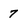
Character: 7